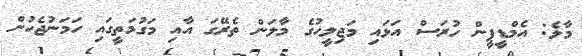
މާލެ: އެމްޑީޕީން ހުރަސް އަޅައި މަޖިލީހުގެ މާލަން ތެރޭގަ އާއި މަގުމަތީގައި ހަމަނުޖެހުން